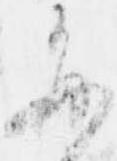
毎